Report of the Bombay Veterinary College
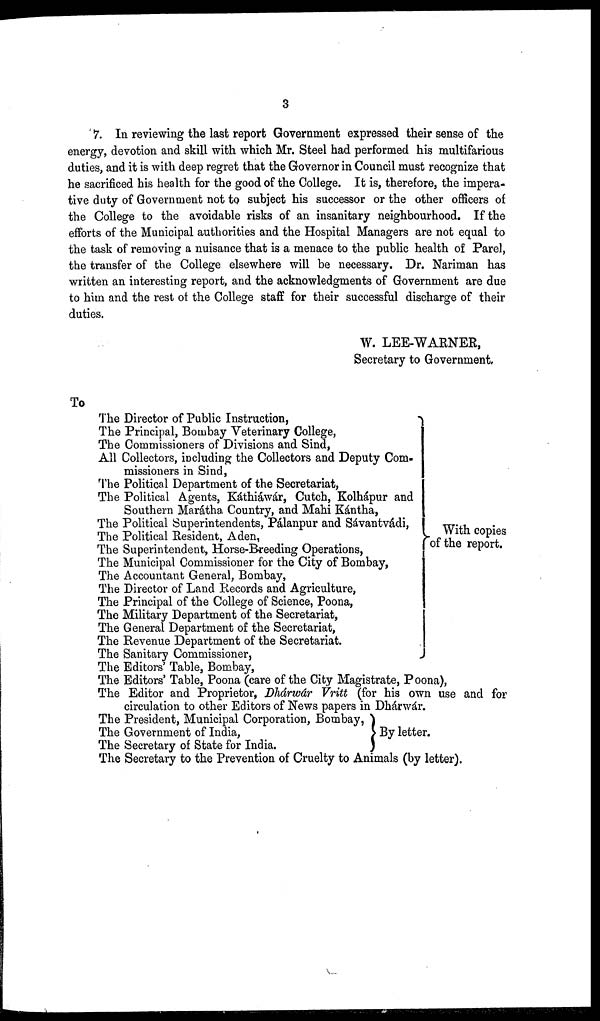
3
7. In reviewing the last report Government expressed their sense of the
energy, devotion and skill with which Mr. Steel had performed his multifarious
duties, and it is with deep regret that the Governor in Council must recognize that
he sacrificed his health for the good of the College. It is, therefore, the impera-
tive duty of Government not to subject his successor or the other officers of
the College to the avoidable risks of an insanitary neighbourhood. If the
efforts of the Municipal authorities and the Hospital Managers are not equal to
the task of removing a nuisance that is a menace to the public health of Parel,
the transfer of the College elsewhere will be necessary. Dr. Nariman has
written an interesting report, and the acknowledgments of Government are due
to him and the rest of the College staff for their successful discharge of their
duties.
W. LEE-WARNER,
Secretary to Government.
To
The Director of Public Instruction,
The Principal, Bombay Veterinary College,
The Commissioners of Divisions and Sind,
All Collectors, including the Collectors and Deputy Com-
missioners in Sind,
The Political Department of the Secretariat,
The Political Agents, Káthiawár, Cutch, Kolhápur and
Southern Marátha Country, and Mahi Kántha,
The Political Superintendents, Pálanpur and Sávantvádi,
The Political Resident, Aden,
The Superintendent, Horse-Breeding Operations,
The Municipal Commissioner for the City of Bombay,
The Accountant General, Bombay,
The Director of Land Records and Agriculture,
The Principal of the College of Science, Poona,
The Military Department of the Secretariat,
The General Department of the Secretariat,
The Revenue Department of the Secretariat.
The Sanitary Commissioner,
With copies
of the report.
The Editors' Table, Bombay,
The Editors' Table, Poona (care of the City Magistrate, Poona),
The Editor and Proprietor, Dhárwár Vritt (for his own use and for
circulation to other Editors of News papers in Dhárwar.
The President, Municipal Corporation, Bombay
The Government of India,
The Secretary of State for India.
By letter.
The Secretary to the Prevention of Cruelty to Animals (by letter).